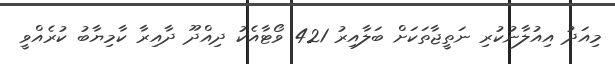
މިއަދު އިއުލާނުކުރި ނަތީޖާތަކަށް ބަލާއިރު 421 ވޯޓާއެކު ދިއްދޫ ދާއިރާ ކާމިޔާބު ކުރެއްވީ